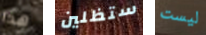
هذا ستظلين ليست